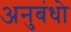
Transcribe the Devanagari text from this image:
अनुबंधो